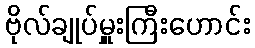
ဗိုလ်ချုပ်မှူးကြီးဟောင်း